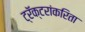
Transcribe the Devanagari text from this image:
ट्रॅक्टरांकरिता